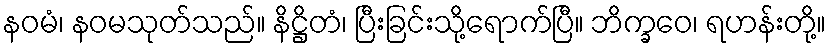
နဝမံ၊ နဝမသုတ်သည်။ နိဋ္ဌိတံ၊ ပြီးခြင်းသို့ရောက်ပြီ။ ဘိက္ခဝေ၊ ရဟန်းတို့။